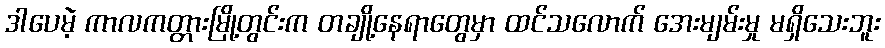
ဒါပေမဲ့ ကာလကတ္တားမြို့တွင်းက တချို့နေရာတွေမှာ ထင်သလောက် အေးမျမ်းမှု မရှိသေးဘူး